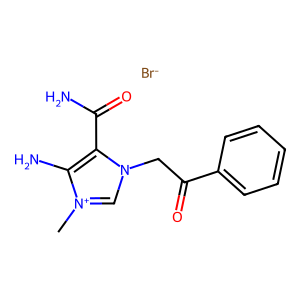
SMILES: C[n+]1cn(CC(=O)c2ccccc2)c(C(N)=O)c1N.[Br-]
Inhibits HIV replication: No